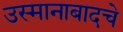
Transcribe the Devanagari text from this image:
उस्मानाबादचे